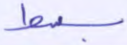
بسط